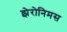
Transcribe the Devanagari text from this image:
झेरोनिमस